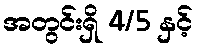
အတွင်းရှိ 4/5 နှင့်